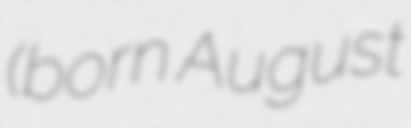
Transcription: (born August